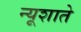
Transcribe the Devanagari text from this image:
न्यूशाते